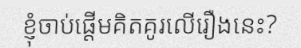
ខ្ញុំចាប់ផ្តើមគិតគូរលើរឿងនេះ?